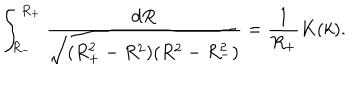
LaTeX: \int _ { R _ { - } } ^ { R _ { + } } \frac { d R } { \sqrt { ( R _ { + } ^ { 2 } - R ^ { 2 } ) ( R ^ { 2 } - R _ { - } ^ { 2 } ) } } = \frac { 1 } { R _ { + } } K ( k ) .